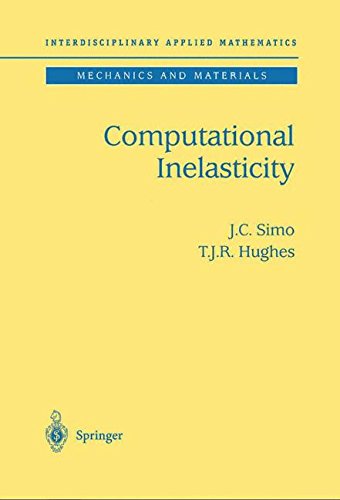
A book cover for Computational Inelasticity (Interdisciplinary Applied Mathematics) (v. 7); J.C. Simo; Science & Math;